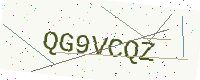
Text: QG9VCQZ